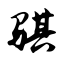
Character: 骐